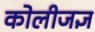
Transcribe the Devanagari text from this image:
कोलीजज्ञ